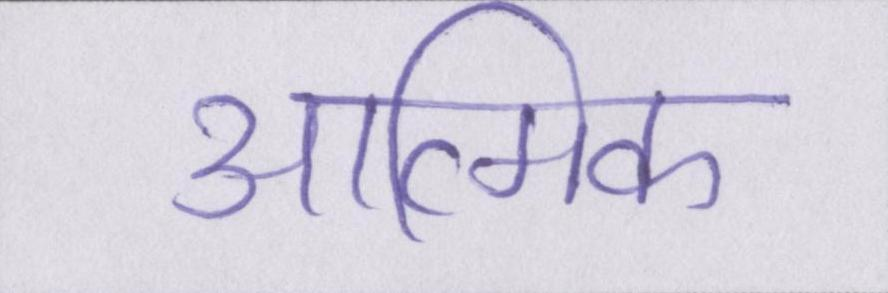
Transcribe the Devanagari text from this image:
आत्मिक